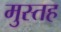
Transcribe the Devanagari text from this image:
मुस्तह